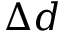
\Delta d